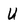
Character: U